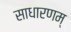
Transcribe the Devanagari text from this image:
साधारणम्